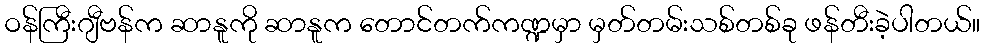
ဝန်ကြီးဂျီဗန်က ဆာနူကို ဆာနူက တောင်တက်ကဏ္ဍမှာ မှတ်တမ်းသစ်တစ်ခု ဖန်တီးခဲ့ပါတယ်။